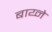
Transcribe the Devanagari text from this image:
बाय्ने